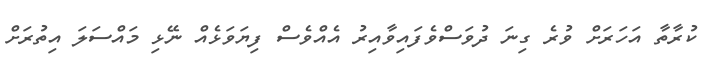
ކުރާތާ އަހަރަށް ވުރެ ގިނަ ދުވަސްވެފައިވާއިރު އެއްވެސް ފިޔަވަޅެއް ނޭޅި މައްސަލަ އިތުރަށް